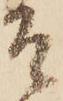
そ